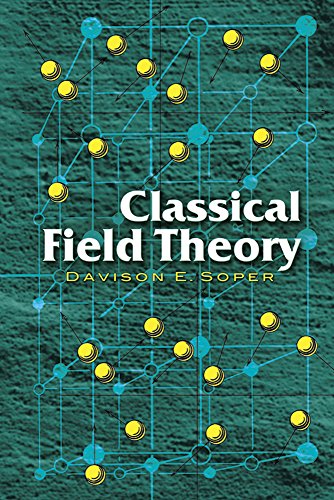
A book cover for Classical Field Theory (Dover Books on Physics); Davison E. Soper; Science & Math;